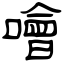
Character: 噲